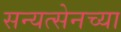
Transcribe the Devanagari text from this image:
सन्यत्सेनच्या